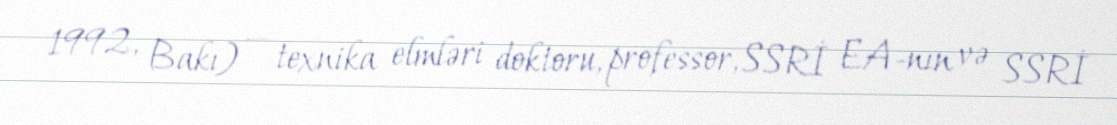
1992, Bakı) — texnika elmləri doktoru, professor, SSRİ EA-nın və SSRİ